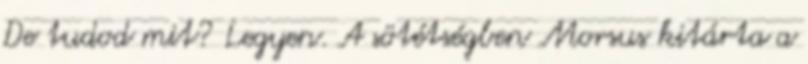
De tudod mit? Legyen. A sötétségben Morsus kitárta a